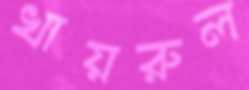
খায়রুল